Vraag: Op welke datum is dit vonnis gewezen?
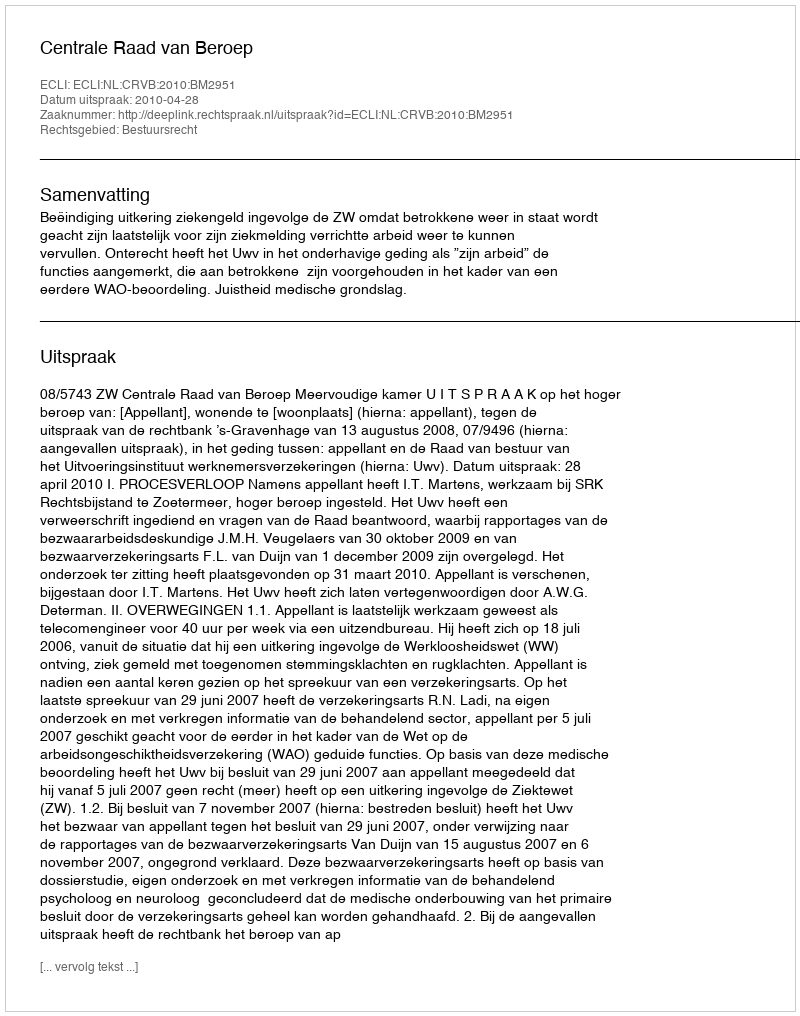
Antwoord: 2010-04-28